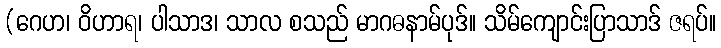
(ဂေဟ၊ ဝိဟာရ၊ ပါသာဒ၊ သာလ စသည် မာဂဓနာမ်ပုဒ်။ သိမ်ကျောင်းပြာသာဒ် ဇရပ်။